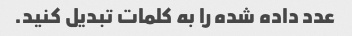
عدد داده شده را به کلمات تبدیل کنید.